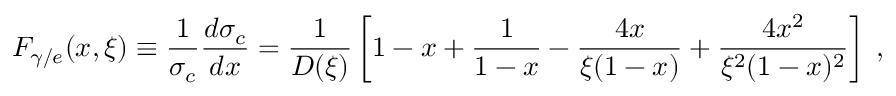
F _ { \gamma / e } ( x , \xi ) \equiv \frac { 1 } { \sigma _ { c } } \frac { d \sigma _ { c } } { d x } = \frac { 1 } { D ( \xi ) } \left[ 1 - x + \frac { 1 } { 1 - x } - \frac { 4 x } { \xi ( 1 - x ) } + \frac { 4 x ^ { 2 } } { \xi ^ { 2 } ( 1 - x ) ^ { 2 } } \right] \; ,